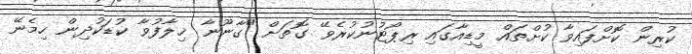
ކުރިން ކޮށްފައިވާ ކުށްތައް މީޑިއާގައި ރިޕޯޓުނުކުރެވޭ ގޮތަށް "ގާނޫނާ ޚިލާފުވާ ކުޑަކުދިން ހިމެނޭ